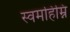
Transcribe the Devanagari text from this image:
स्वमहिम्नि